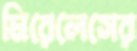
মিরেলেসের